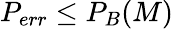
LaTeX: P_{err}\leq P_{B}(M)